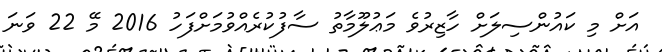
އަށް މި ކައުންސިލަށް ހާޒިރުވެ މަޢުލޫމާތު ސާފުކުރެއްވުމަށްފަހު 2016 މޭ 22 ވަނަ